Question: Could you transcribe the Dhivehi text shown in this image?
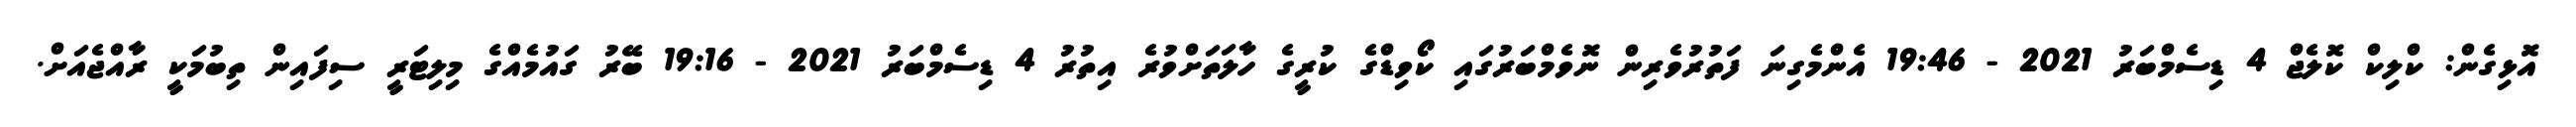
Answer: އޮޅިގެން: ކްލިކް ކޮލެޖް 4 ޑިސެމްބަރު 2021 - 19:46 އެންމެގިނަ ފަތުރުވެރިން ނޮވެމްބަރުގައި ކޯވިޑްގެ ކުރީގެ ހާލަތަށްވުރެ އިތުރު 4 ޑިސެމްބަރު 2021 - 19:16 ބޭރު ގައުމެއްގެ މިލިޓަރީ ސިފައިން ތިބުމަކީ ރާއްޖެއަށް.